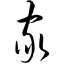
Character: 家